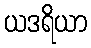
ယဒရိယာ